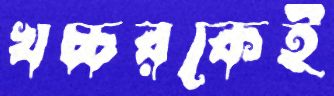
খচ্চরকেই